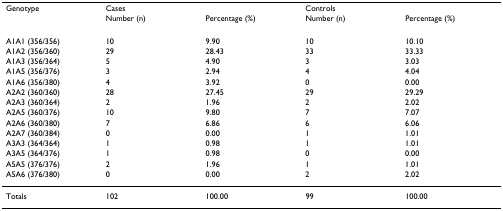
<table><thead><tr><td><b>Genotype</b></td><td colspan="2"><b>Cases</b></td><td colspan="2"><b>Controls</b></td></tr><tr><td></td><td><b>Number (n)</b></td><td><b>Percentage (%)</b></td><td><b>Number (n)</b></td><td><b>Percentage (%)</b></td></tr></thead><tbody><tr><td>A1A1 (356/356)</td><td>10</td><td>9.90</td><td>10</td><td>10.10</td></tr><tr><td>A1A2 (356/360)</td><td>29</td><td>28.43</td><td>33</td><td>33.33</td></tr><tr><td>A1A3 (356/364)</td><td>5</td><td>4.90</td><td>3</td><td>3.03</td></tr><tr><td>A1A5 (356/376)</td><td>3</td><td>2.94</td><td>4</td><td>4.04</td></tr><tr><td>A1A6 (356/380)</td><td>4</td><td>3.92</td><td>0</td><td>0.00</td></tr><tr><td>A2A2 (360/360)</td><td>28</td><td>27.45</td><td>29</td><td>29.29</td></tr><tr><td>A2A3 (360/364)</td><td>2</td><td>1.96</td><td>2</td><td>2.02</td></tr><tr><td>A2A5 (360/376)</td><td>10</td><td>9.80</td><td>7</td><td>7.07</td></tr><tr><td>A2A6 (360/380)</td><td>7</td><td>6.86</td><td>6</td><td>6.06</td></tr><tr><td>A2A7 (360/384)</td><td>0</td><td>0.00</td><td>1</td><td>1.01</td></tr><tr><td>A3A3 (364/364)</td><td>1</td><td>0.98</td><td>1</td><td>1.01</td></tr><tr><td>A3A5 (364/376)</td><td>1</td><td>0.98</td><td>0</td><td>0.00</td></tr><tr><td>A5A5 (376/376)</td><td>2</td><td>1.96</td><td>1</td><td>1.01</td></tr><tr><td>A5A6 (376/380)</td><td>0</td><td>0.00</td><td>2</td><td>2.02</td></tr><tr><td>Totals</td><td>102</td><td>100.00</td><td>99</td><td>100.00</td></tr></tbody></table>